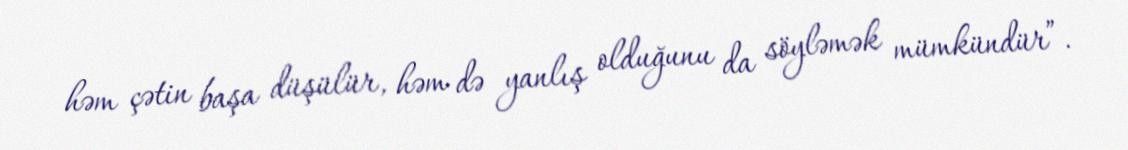
həm çətin başa düşülür, həm də yanlış olduğunu da söyləmək mümkündür”.